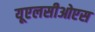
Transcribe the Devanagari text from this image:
यूएलसीओएस